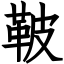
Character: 鞁